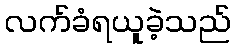
လက်ခံရယူခဲ့သည်